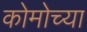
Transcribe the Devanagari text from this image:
कोमोच्या